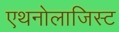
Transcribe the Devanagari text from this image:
एथनोलाजिस्ट